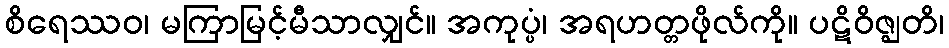
စိရေဿဝ၊ မကြာမြင့်မီသာလျှင်။ အကုပ္ပံ၊ အရဟတ္တဖိုလ်ကို။ ပဋိဝိဇ္ဈတိ၊